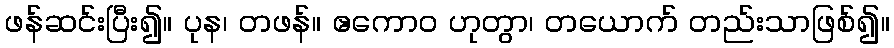
ဖန်ဆင်းပြီး၍။ ပုန၊ တဖန်။ ဧကောဝ ဟုတွာ၊ တယောက် တည်းသာဖြစ်၍။